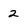
Character: 2